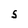
Character: S